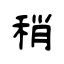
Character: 稍